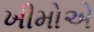
ખીમોએ